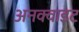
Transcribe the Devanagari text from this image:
अनक्वाइट